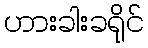
ဟားခါးခရိုင်